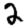
Digit: 2